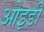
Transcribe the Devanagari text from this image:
ओइडी